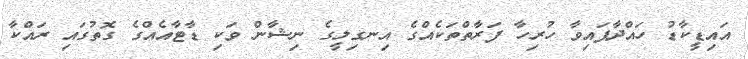
އައިޑީކާޑު ހައްދާފައިވާ ހުރިހާ ފަރާތްތަކެއްގެ އިނގިލީގެ ނިޝާން ވަކި ޑާޓާއެއްގެ ގޮތުގައި ރައްކާ